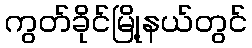
ကွတ်ခိုင်မြို့နယ်တွင်